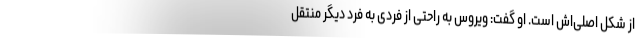
از شکل اصلی‌اش است. او گفت: ویروس به راحتی از فردی به فرد دیگر منتقل